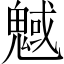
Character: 魊